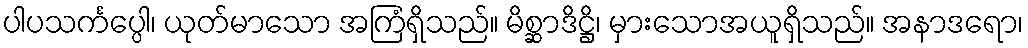
ပါပသင်္ကပ္ပေါ၊ ယုတ်မာသော အကြံရှိသည်။ မိစ္ဆာဒိဋ္ဌိ၊ မှားသောအယူရှိသည်။ အနာဒရော၊